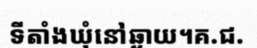
ទីតាំងឃុំនៅឆ្ងាយ។គ.ជ.